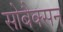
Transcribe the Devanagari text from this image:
सोबैक्सन